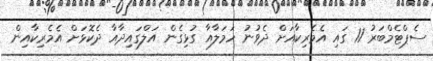
ސެޕްޓެމްބަރު 11 ގައި އެމެރިކާއަށް ދެވުނު ހަމަލާއާ ގުޅިގެން އަލްގައިދާއާ ދެކޮޅަށް އެމެރިކާއިން